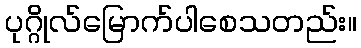
ပုဂ္ဂိုလ်မြောက်ပါစေသတည်း။